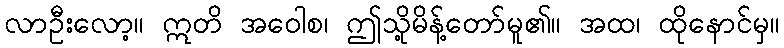
လာဦးလော့။ ဣတိ အဝေါစ၊ ဤသို့မိန့်တော်မူ၏။ အထ၊ ထိုနောင်မှ။